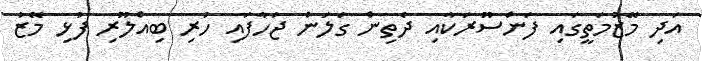
އަދި މޭޒުމަތީގައި ފަންސޫރަކާއި ދެތިން ގަލަން ޖަހާފައި ހުރި ބިއްލޫރި ފުޅި މޭޒު